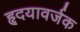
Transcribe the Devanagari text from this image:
हृदयावर्जक